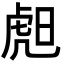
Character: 䖑